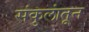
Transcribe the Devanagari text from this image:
संकुलांतून